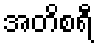
အတိစရီ